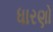
ધારણો